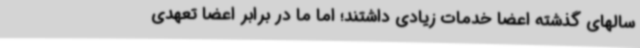
سالهای گذشته اعضا خدمات زیادی داشتند؛ اما ما در برابر اعضا تعهدی